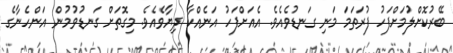
ބޭރުކޮށްލުމަށްފަހު ފުރަތަމަ މަނި ގަނޑުވެއެވެ. އެއަށްފަހު އަނެއްކާ ދިޔާވެއެވެ. މިގޮތަށް ގަނޑުވުމުން އަންހެނާގެ